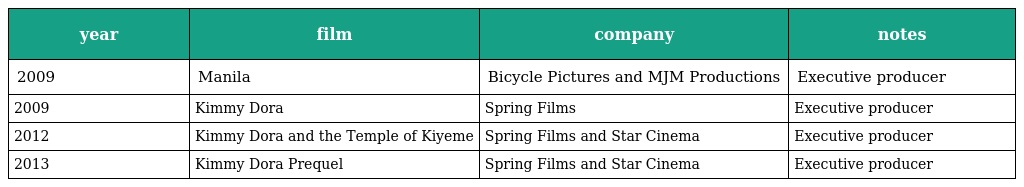
| year | film | company | notes |
 | --- | --- | --- | --- |
 | 2009 | Manila | Bicycle Pictures and MJM Productions | Executive producer |
 | 2009 | Kimmy Dora | Spring Films | Executive producer |
 | 2012 | Kimmy Dora and the Temple of Kiyeme | Spring Films and Star Cinema | Executive producer |
 | 2013 | Kimmy Dora Prequel | Spring Films and Star Cinema | Executive producer |